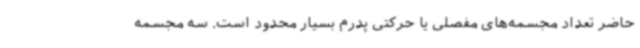
حاضر تعداد مجسمه‌های مفصلی یا حرکتی پدرم بسیار محدود است. سه مجسمه